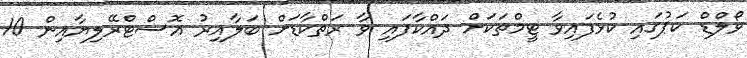
ވޯލްޑް ކަޕުގައި ކުޅެފައިވާ ޓީމްތަކަށް ދައްކާފައި ވާ ރަތްކާޑަށް ބަލާއިރު އޮސްޓްރޭލިޔާއިން 10